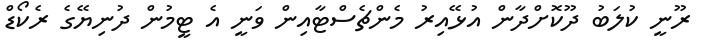
ރޫނީ ކުލަބު ދޫކޮށްދާން އުޅޭއިރު މެންޗެސްޓާއިން ވަނީ އެ ޓީމުން ދުނިޔޭގެ ރެކޯޑް